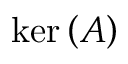
\ker \left( A \right)